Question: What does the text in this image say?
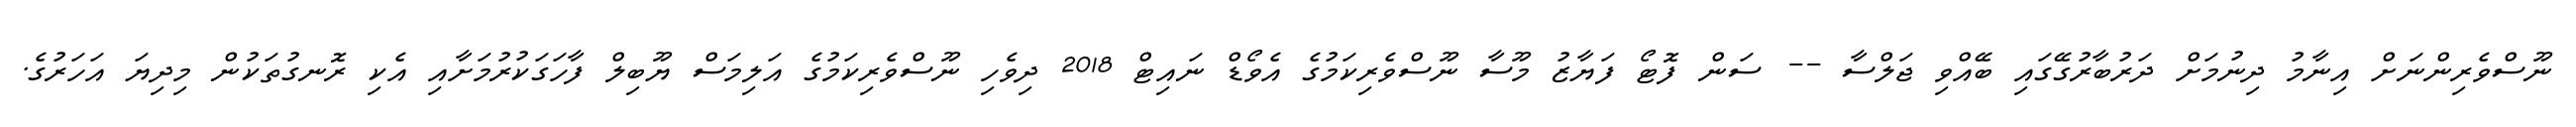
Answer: ނޫސްވެރިންނަށް އިނާމު ދިނުމަށް ދަރުބާރުގޭގައި ބޭއްވި ޖަލްސާ -- ސަން ފޮޓޯ ފަޔާޒު މޫސާ ނޫސްވެރިކަމުގެ އެވޯޑް ނައިޓް 2018 ދިވެހި ނޫސްވެރިކަމުގެ އަލިމަސް ޔޫބިލް ފާހަގަކުރުމަށާއި އެކި ރޮނގުތަކުން މިދިޔަ އަހަރުގެ.